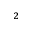
_ { 2 }